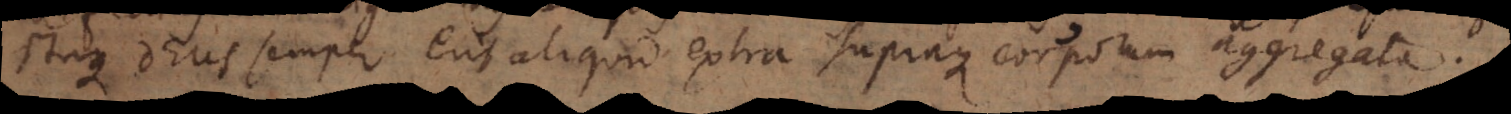
Itaque Deus semper erit aliquid extra supraque corporum aggregata.